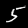
Label: 5